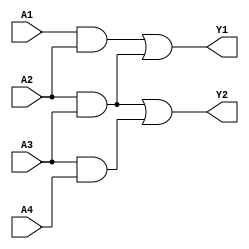
module combinational_logic (
    input wire A1,     // Input signal A1
    input wire A2,     // Input signal A2
    input wire A3,     // Input signal A3
    input wire A4,     // Input signal A4
    output wire Y1,    // Output for Group 1
    output wire Y2     // Output for Group 2
);

// Group 1: Implements logic function F1 = (A1 AND A2) OR (A2 AND A3)
wire G1_part1; // Intermediate signal for Group 1
wire G1_part2; // Intermediate signal for Group 1

assign G1_part1 = A1 & A2; // A1 AND A2
assign G1_part2 = A2 & A3; // A2 AND A3
assign Y1 = G1_part1 | G1_part2; // F1 = (A1 AND A2) OR (A2 AND A3)

// Group 2: Implements logic function F2 = (A2 AND A3) OR (A3 AND A4)
wire G2_part1; // Intermediate signal for Group 2
wire G2_part2; // Intermediate signal for Group 2

assign G2_part1 = A2 & A3; // A2 AND A3 (shared with Group 1)
assign G2_part2 = A3 & A4; // A3 AND A4
assign Y2 = G2_part1 | G2_part2; // F2 = (A2 AND A3) OR (A3 AND A4)

endmodule